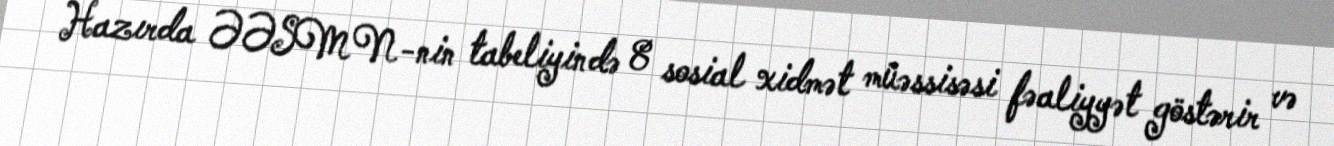
Hazırda ƏƏSMN-nin tabeliyində 8 sosial xidmət müəssisəsi fəaliyyət göstərir və